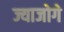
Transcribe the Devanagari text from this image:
ज्याजोगे